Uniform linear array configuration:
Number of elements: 24
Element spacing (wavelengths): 0.5
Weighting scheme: blackman
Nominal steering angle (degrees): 0
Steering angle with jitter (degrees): -1.109
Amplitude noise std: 0.05
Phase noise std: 0.05

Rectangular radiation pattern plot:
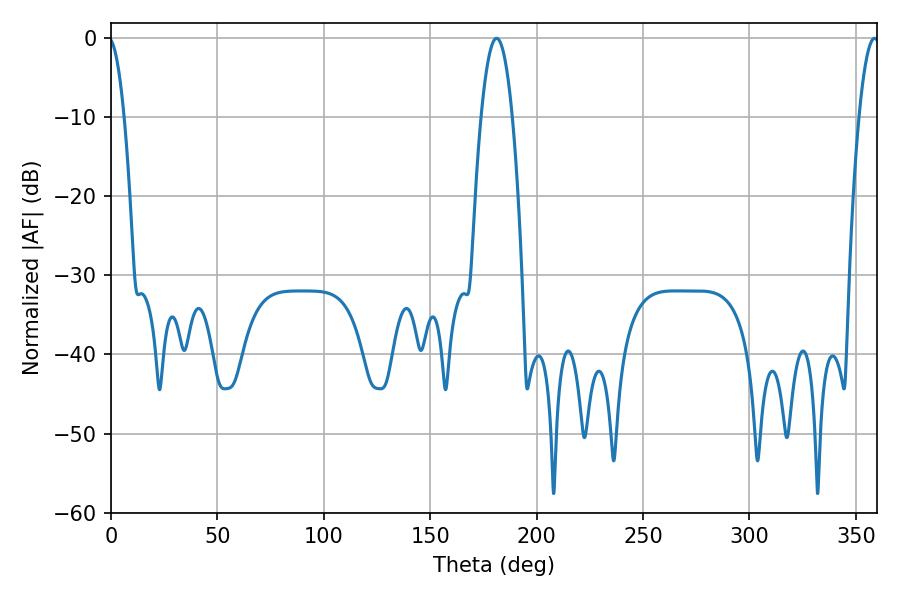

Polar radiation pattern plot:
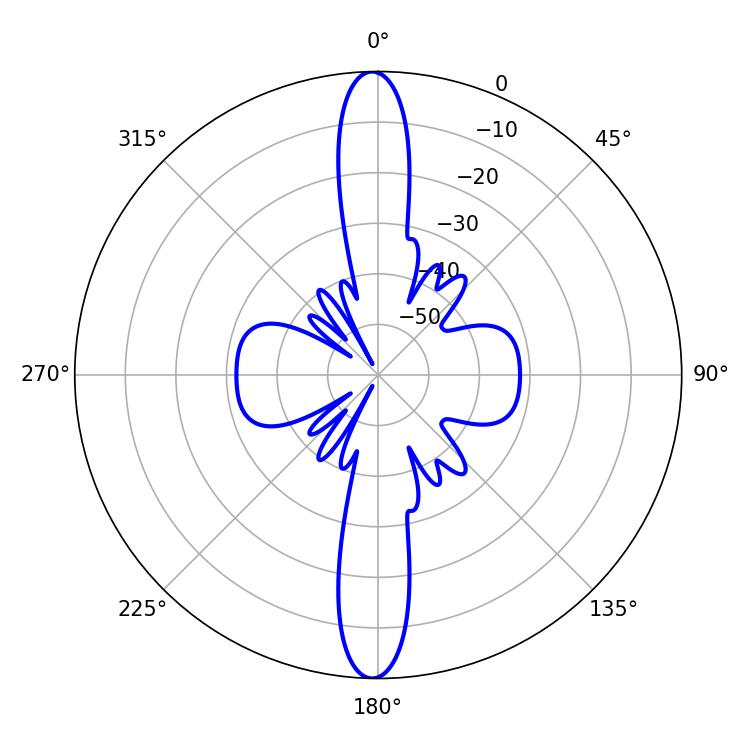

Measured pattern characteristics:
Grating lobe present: FALSE
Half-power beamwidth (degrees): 5.22
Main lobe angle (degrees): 358.74